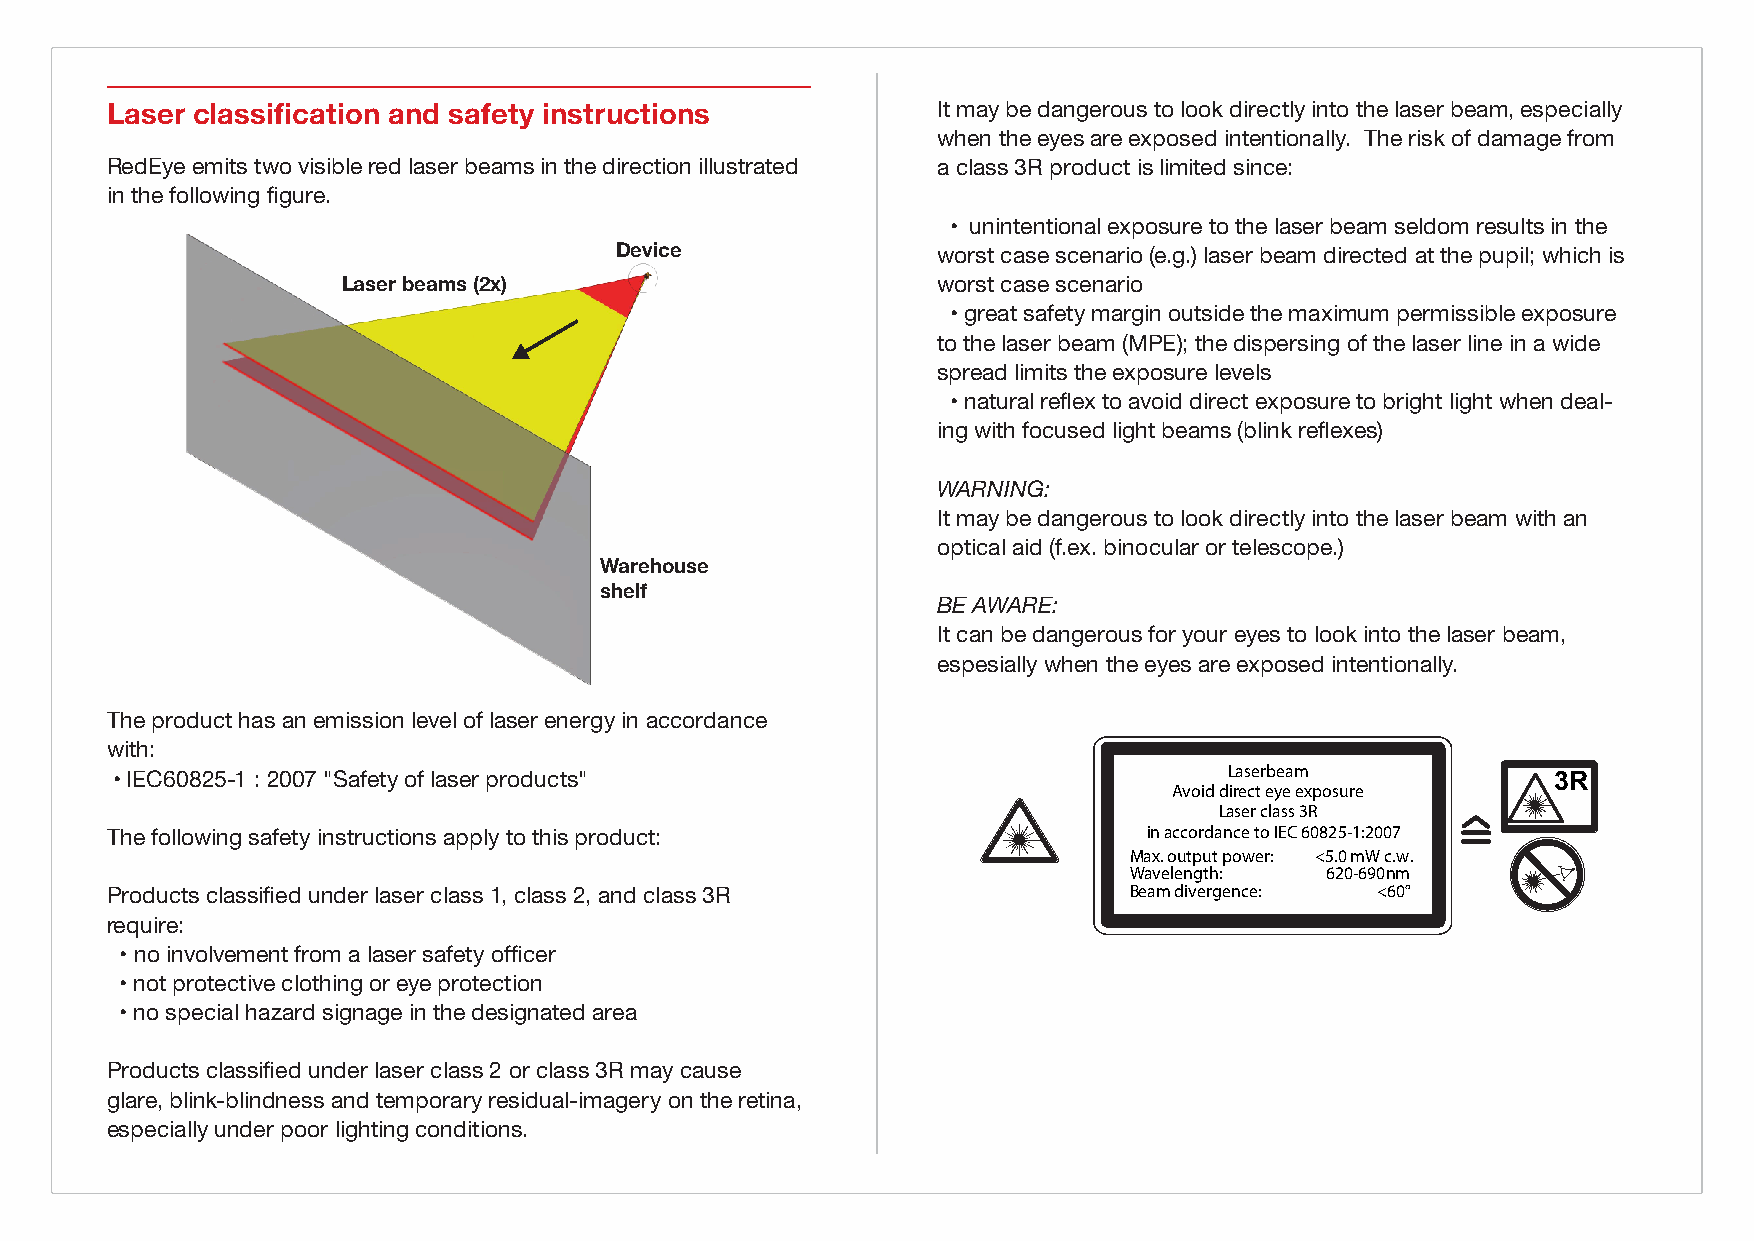
Laser classification and safety instructions           It may be dangerous to look directly into the laser beam, especially
 when the eyes are exposed intentionally. The risk of damage from
 RedEye emits two visible red laser beams in the direction illustrated a class 3R product is limited since:
 in the following figure.
 • unintentional exposure to the laser beam seldom results in the
 Device               worst case scenario (e.g.) laser beam directed at the pupil; which is
 Laser beams (2x)                       worst case scenario
 • great safety margin outside the maximum permissible exposure
 to the laser beam (MPE); the dispersing of the laser line in a wide
 spread limits the exposure levels
 • natural reflex to avoid direct exposure to bright light when deal-
 ing with focused light beams (blink reflexes)
 <bilde laserlinjer cad>
 WARNING:
 It may be dangerous to look directly into the laser beam with an
 optical aid (f.ex. binocular or telescope.)
 Warehouse
 shelf
 BE AWARE:
 It can be dangerous for your eyes to look into the laser beam,
 espesially when the eyes are exposed intentionally.
 The product has an emission level of laser energy in accordance
 with:
 • IEC60825-1 : 2007 "Safety of laser products"                            Laserbeam             3R
 Avoid direct eye exposure
 Laser class 3R
 in accordance to IEC 60825-1:2007
 The following safety instructions apply to this product:
 Max. output power: <5.0 mW c.w.
 Wavelength:  620-690nm
 Beam divergence: <60°
 Products classified under laser class 1, class 2, and class 3R
 require:
 • no involvement from a laser safety officer
 • not protective clothing or eye protection
 • no special hazard signage in the designated area
 Products classified under laser class 2 or class 3R may cause
 glare, blink-blindness and temporary residual-imagery on the retina,
 especially under poor lighting conditions.